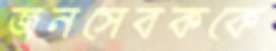
জনসেবককে